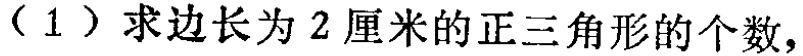
（1）求边长为2厘米的正三角形的个数，